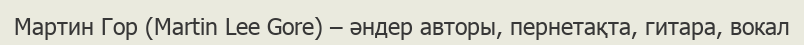
Мартин Гор (Martin Lee Gore) – әндер авторы, пернетақта, гитара, вокал